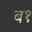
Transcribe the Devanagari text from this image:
ब१